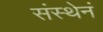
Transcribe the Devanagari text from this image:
संस्थेनं